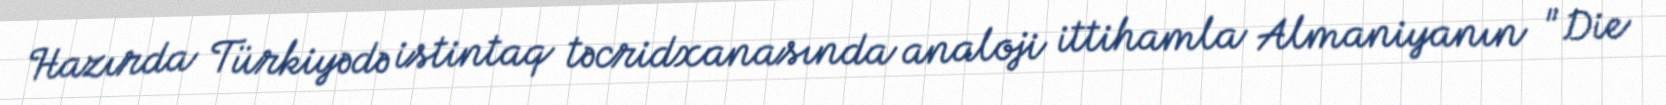
Hazırda Türkiyədə istintaq təcridxanasında analoji ittihamla Almaniyanın "Die